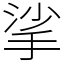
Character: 挲